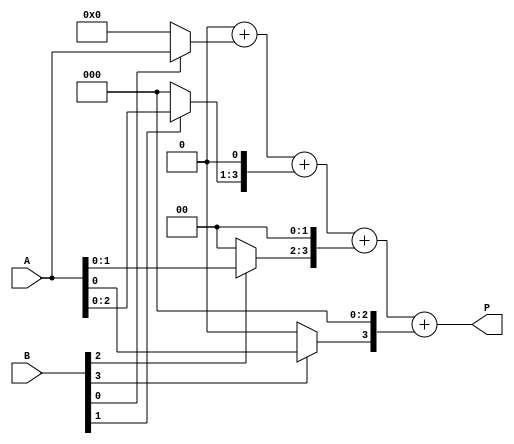
module array_multiplier #(parameter A_WIDTH = 4, B_WIDTH = 4)(
    input [A_WIDTH-1:0] A,
    input [B_WIDTH-1:0] B,
    output reg [A_WIDTH + B_WIDTH - 1:0] P
);

    // Intermediate partial products
    reg [A_WIDTH-1:0] partial_products[B_WIDTH-1:0];

    integer i, j;

    // Generate partial products
    always @(*) begin
        for (i = 0; i < B_WIDTH; i = i + 1) begin
            partial_products[i] = (B[i] ? A : 0) << i; // Shift A by i if B[i] is 1
        end
    end

    // Sum the partial products
    always @(*) begin
        P = 0; // Initialize product to 0
        for (i = 0; i < B_WIDTH; i = i + 1) begin
            P = P + partial_products[i]; // Sum all partial products
        end
    end

endmodule